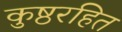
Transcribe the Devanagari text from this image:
कुष्ठरहित